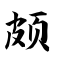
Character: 颇